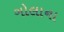
ગોલાના